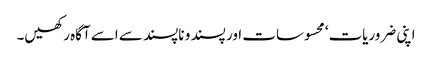
اپنی ضروریات‘ محسوسات اور پسند و ناپسند سے اسے آگاہ رکھیں۔